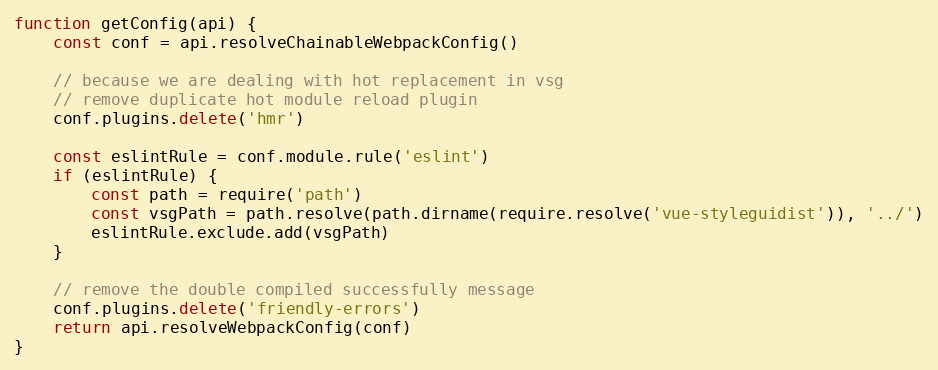
Language: JavaScript
function getConfig(api) {
	const conf = api.resolveChainableWebpackConfig()

	// because we are dealing with hot replacement in vsg
	// remove duplicate hot module reload plugin
	conf.plugins.delete('hmr')

	const eslintRule = conf.module.rule('eslint')
	if (eslintRule) {
		const path = require('path')
		const vsgPath = path.resolve(path.dirname(require.resolve('vue-styleguidist')), '../')
		eslintRule.exclude.add(vsgPath)
	}

	// remove the double compiled successfully message
	conf.plugins.delete('friendly-errors')
	return api.resolveWebpackConfig(conf)
}